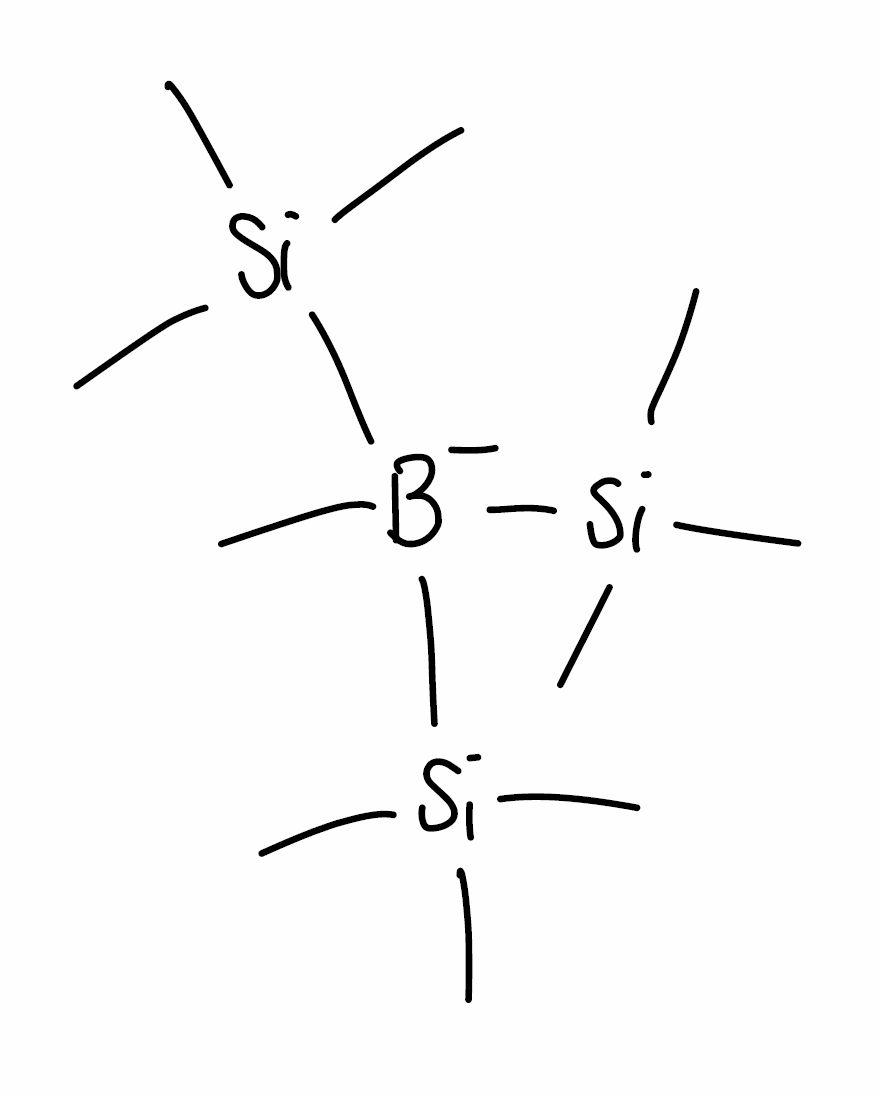
Simplified molecular-input line-entry system (SMILES) notation of the given molecule:
[B-](C)([Si](C)(C)C)([Si](C)(C)C)[Si](C)(C)C